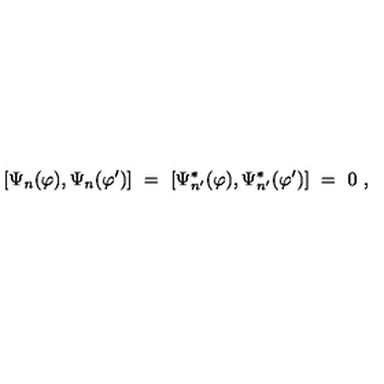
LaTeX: [ \Psi _ { n } ( \varphi ) , \Psi _ { n } ( \varphi ^ { \prime } ) ] \ = \ [ \Psi _ { n ^ { \prime } } ^ { * } ( \varphi ) , \Psi _ { n ^ { \prime } } ^ { * } ( \varphi ^ { \prime } ) ] \ = \ 0 \ ,